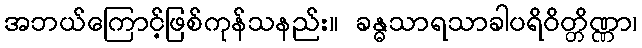
အဘယ်ကြောင့်ဖြစ်ကုန်သနည်း။ ခန္ဓသာရသာခါပရိဝိတ္တိဏ္ဏာ၊